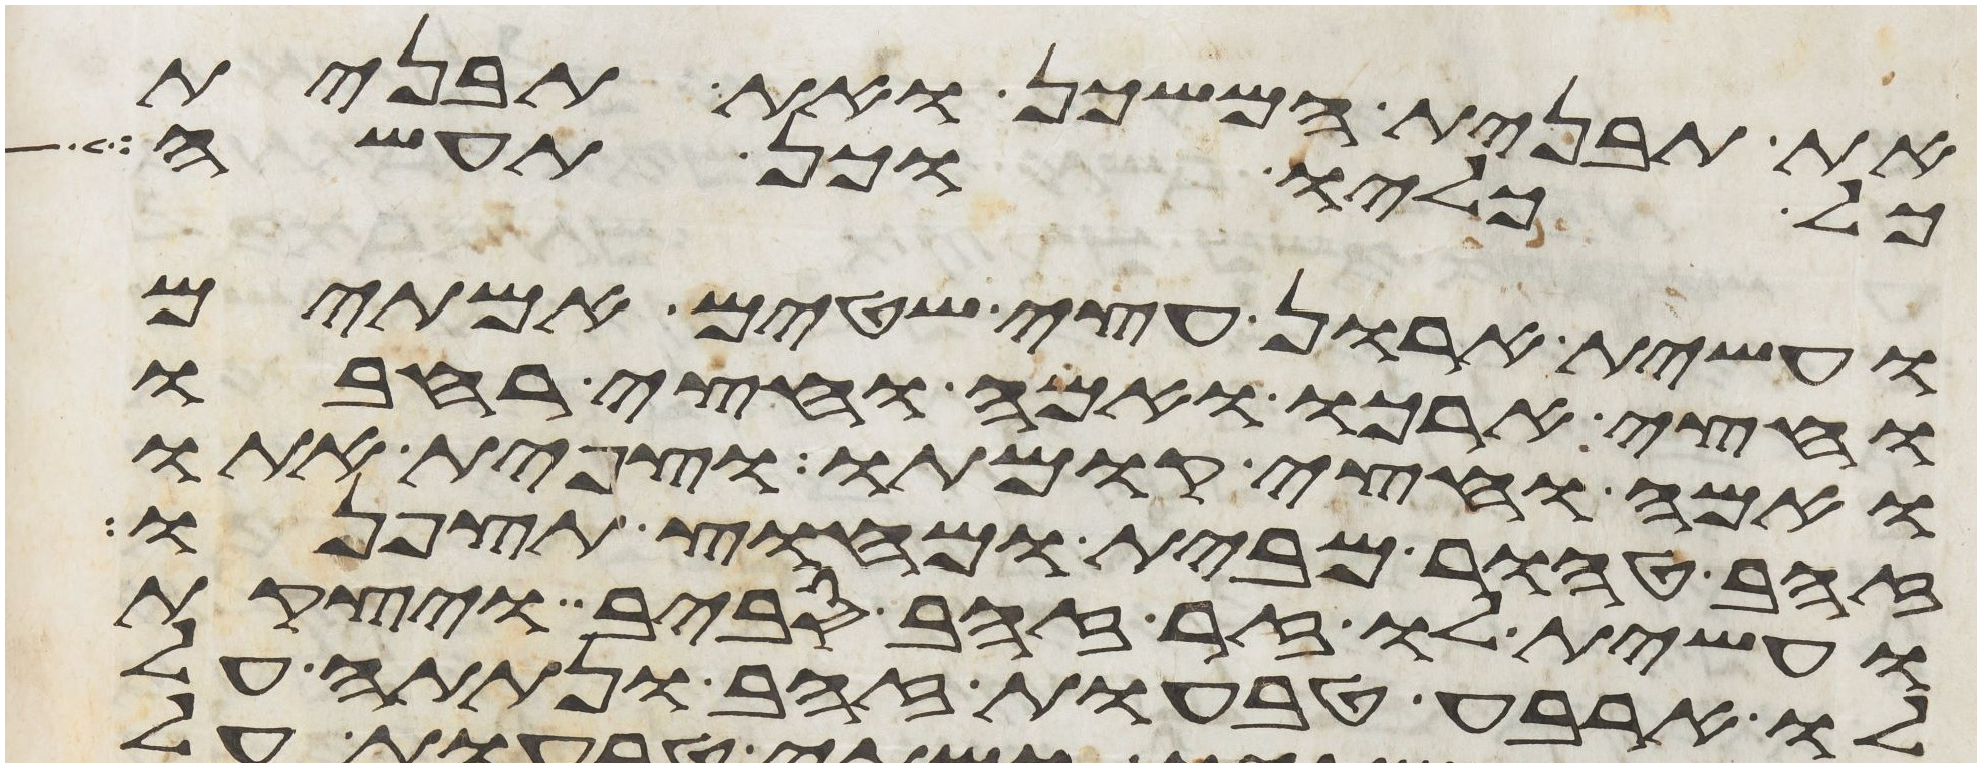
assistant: את תבנית המשכן ואת תבנית
כל כליו וכן תעשה
ועשית ארון עצי שטים אמתים
וחצי ארכו ואמה וחצי רחבו
ואמה וחצי קומתו וצפית אתו
זהב טהור מבית ומחוץ תצפנו
ועשית לו זר זהב סביב ויצקת
לו ארבע טבעות זהב ונתתה על